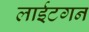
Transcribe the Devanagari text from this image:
लाईटगन